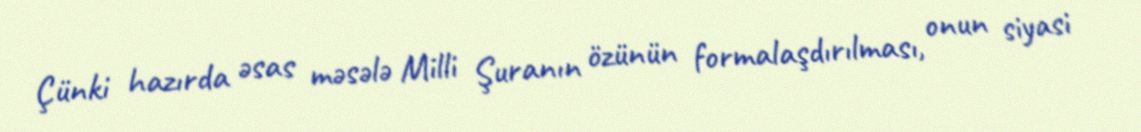
Çünki hazırda əsas məsələ Milli Şuranın özünün formalaşdırılması, onun siyasi